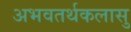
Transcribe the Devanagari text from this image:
अभवतर्थकलासु